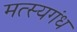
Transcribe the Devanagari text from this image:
मत्स्यगंध